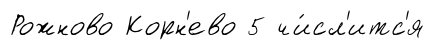
Рожново Корн'ево 5 чи́сл'итс'я